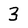
Character: 3